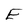
Character: E